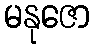
မနုဇော